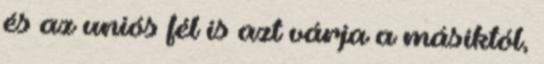
és az uniós fél is azt várja a másiktól,